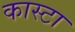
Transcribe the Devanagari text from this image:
कास्टा